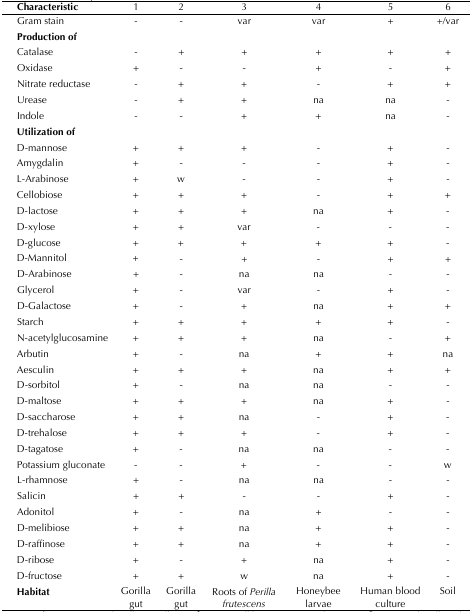
<table><thead><tr><td><b>Characteristic</b></td><td><b>1</b></td><td><b>2</b></td><td><b>3</b></td><td><b>4</b></td><td><b>5</b></td><td><b>6</b></td></tr></thead><tbody><tr><td>Gram stain</td><td>-</td><td>-</td><td>var</td><td>var</td><td>+</td><td>+/var</td></tr><tr><td><b>Production of</b></td><td></td><td></td><td></td><td></td><td></td><td></td></tr><tr><td>Catalase</td><td>-</td><td>+</td><td>+</td><td>+</td><td>+</td><td>+</td></tr><tr><td>Oxidase</td><td>+</td><td>-</td><td>-</td><td>+</td><td>-</td><td>+</td></tr><tr><td>Nitrate reductase</td><td>-</td><td>+</td><td>+</td><td>-</td><td>+</td><td>+</td></tr><tr><td>Urease</td><td>-</td><td>+</td><td>+</td><td>na</td><td>na</td><td>-</td></tr><tr><td>Indole</td><td>-</td><td>-</td><td>+</td><td>+</td><td>na</td><td>-</td></tr><tr><td><b>Utilization of</b></td><td></td><td></td><td></td><td></td><td></td><td></td></tr><tr><td>D-mannose</td><td>+</td><td>+</td><td>+</td><td>-</td><td>+</td><td>-</td></tr><tr><td>Amygdalin</td><td>+</td><td>-</td><td>-</td><td>-</td><td>+</td><td>-</td></tr><tr><td>L-Arabinose</td><td>+</td><td>w</td><td>-</td><td>-</td><td>+</td><td>-</td></tr><tr><td>Cellobiose</td><td>+</td><td>+</td><td>+</td><td>-</td><td>+</td><td>+</td></tr><tr><td>D-lactose</td><td>+</td><td>+</td><td>+</td><td>na</td><td>+</td><td>-</td></tr><tr><td>D-xylose</td><td>+</td><td>+</td><td>var</td><td>-</td><td>-</td><td>-</td></tr><tr><td>D-glucose</td><td>+</td><td>+</td><td>+</td><td>+</td><td>+</td><td>-</td></tr><tr><td>D-Mannitol</td><td>+</td><td>-</td><td>+</td><td>-</td><td>+</td><td>+</td></tr><tr><td>D-Arabinose</td><td>+</td><td>-</td><td>na</td><td>na</td><td>-</td><td>-</td></tr><tr><td>Glycerol</td><td>+</td><td>-</td><td>var</td><td>-</td><td>+</td><td>-</td></tr><tr><td>D-Galactose</td><td>+</td><td>-</td><td>+</td><td>na</td><td>+</td><td>+</td></tr><tr><td>Starch</td><td>+</td><td>+</td><td>+</td><td>+</td><td>+</td><td>-</td></tr><tr><td>N-acetylglucosamine</td><td>+</td><td>+</td><td>+</td><td>na</td><td>-</td><td>+</td></tr><tr><td>Arbutin</td><td>+</td><td>-</td><td>na</td><td>+</td><td>+</td><td>na</td></tr><tr><td>Aesculin</td><td>+</td><td>+</td><td>+</td><td>na</td><td>+</td><td>+</td></tr><tr><td>D-sorbitol</td><td>+</td><td>-</td><td>na</td><td>na</td><td>-</td><td>-</td></tr><tr><td>D-maltose</td><td>+</td><td>+</td><td>+</td><td>na</td><td>+</td><td>-</td></tr><tr><td>D-saccharose</td><td>+</td><td>+</td><td>na</td><td>-</td><td>+</td><td>-</td></tr><tr><td>D-trehalose</td><td>+</td><td>+</td><td>+</td><td>-</td><td>+</td><td>-</td></tr><tr><td>D-tagatose</td><td>+</td><td>-</td><td>na</td><td>na</td><td>-</td><td>-</td></tr><tr><td>Potassium gluconate</td><td>-</td><td>-</td><td>+</td><td>-</td><td>-</td><td>w</td></tr><tr><td>L-rhamnose</td><td>+</td><td>-</td><td>na</td><td>na</td><td>-</td><td>-</td></tr><tr><td>Salicin</td><td>+</td><td>+</td><td>-</td><td>-</td><td>+</td><td>-</td></tr><tr><td>Adonitol</td><td>+</td><td>-</td><td>na</td><td>+</td><td>-</td><td>-</td></tr><tr><td>D-melibiose</td><td>+</td><td>+</td><td>na</td><td>+</td><td>+</td><td>-</td></tr><tr><td>D-raffinose</td><td>+</td><td>+</td><td>na</td><td>+</td><td>+</td><td>-</td></tr><tr><td>D-ribose</td><td>+</td><td>-</td><td>+</td><td>na</td><td>+</td><td>-</td></tr><tr><td>D-fructose</td><td>+</td><td>+</td><td>w</td><td>na</td><td>+</td><td>-</td></tr><tr><td><b>Habitat</b></td><td>Gorilla gut</td><td>Gorilla gut</td><td>Roots of <i>Perilla frutescens</i></td><td>Honeybee larvae</td><td>Human: blood culture</td><td>Environment: soil</td></tr></tbody></table>